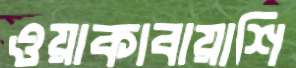
ওয়াকাবায়াশি